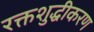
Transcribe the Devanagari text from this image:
रक्तशुद्धीकरण